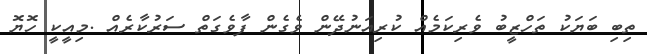
ތިބި ބަޔަކު ތަހްޒީބު ވެރިކަމެއް ކުރިއަނުދޭން ވެގެން ފާވެގަތް ސަރުކާރެއް .މިއީކީ ހޮޔޮ